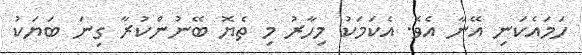
ހަމައެކަނި އޭނާ އެވެ. އެކަމަކު މިހާރު މި ތެޔޮ ބޭނުންކުރާ ގިނަ ބަޔަކު